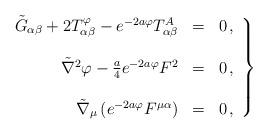
LaTeX: \begin{align*}\left.\begin{array}{rcl}\tilde{G}_{\alpha\beta} +2 T_{\alpha\beta}^{\varphi} -e^{-2a\varphi}T_{\alpha\beta}^{A} & = & 0\, ,\\& &\\\tilde{\nabla}^{2}\varphi -{\textstyle\frac{a}{4}}e^{-2a\varphi}F^{2} &= & 0\, ,\\& &\\\tilde{\nabla}_{\mu}\left(e^{-2a\varphi} F^{\mu\alpha} \right) & = &0\, ,\end{array}\right\}\end{align*}